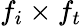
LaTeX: f_{i}\times f_{t}